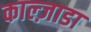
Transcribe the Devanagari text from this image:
काल्ज़ाडा